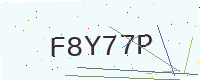
Text: F8Y77P